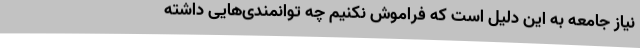
نیاز جامعه به این دلیل است که فراموش نکنیم چه توانمندی‌هایی داشته